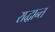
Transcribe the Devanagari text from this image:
राद्धान्त